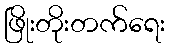
ဖြိုးတိုးတက်ရေး